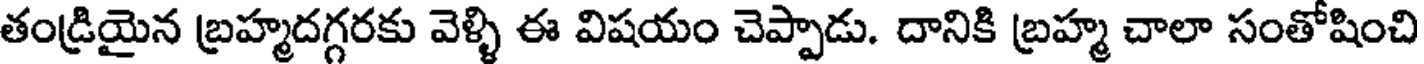
తండ్రియైన బ్రహ్మదగ్గరకు వెళ్ళి ఈ విషయం చెప్పాడు. దానికి బ్రహ్మ చాలా సంతోషించి